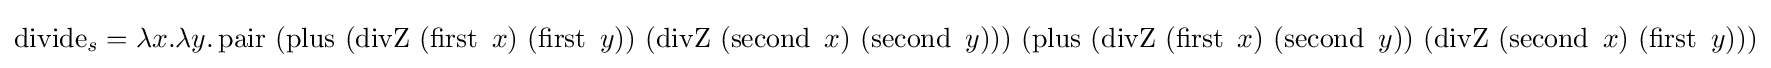
\operatorname {divide} _{s}=\lambda x.\lambda y.\operatorname {pair} \ (\operatorname {plus} \ (\operatorname {divZ} \ (\operatorname {first} \ x)\ (\operatorname {first} \ y))\ (\operatorname {divZ} \ (\operatorname {second} \ x)\ (\operatorname {second} \ y)))\ (\operatorname {plus} \ (\operatorname {divZ} \ (\operatorname {first} \ x)\ (\operatorname {second} \ y))\ (\operatorname {divZ} \ (\operatorname {second} \ x)\ (\operatorname {first} \ y)))